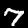
Label: 7